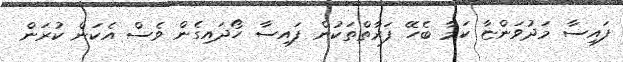
ފައިސާ މަދުވަންޏާ ކަމާ ބެހޭ ފަރާތްތަކުން ފައިސާ ހޯދައިގެން ވެސް އެކަން ކުރަން